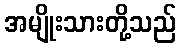
အမျိုးသားတို့သည်